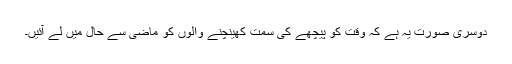
دوسری صورت یہ ہے کہ وقت کو پیچھے کی سمت کھینچنے والوں کو ماضی سے حال میں لے آئیں۔